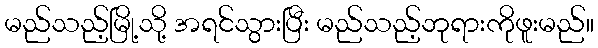
မည်သည့်မြို့သို့ အရင်သွားပြီး မည်သည့်ဘုရားကိုဖူးမည်။